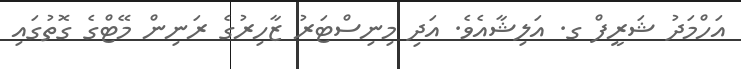
އަހްމަދު ޝަރީފް ގ. އަލިޝާއެވެ. އަދި މިނިސްޓަރު ޒާހިރުގެ ރަނިން މޭޓްގެ ގޮތުގައި